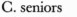
C. seniors